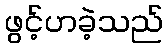
ဖွင့်ဟခဲ့သည်